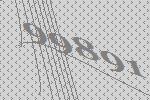
99891